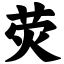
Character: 荧